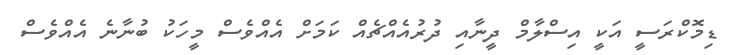
ޑިމޮކްރަސީ އަކީ އިސްލާމް ދީނާއި ދުރުއެއްޗެއް ކަމަށް އެެއްވެސް މީހަކު ބުނާނެ އެއްވެސް